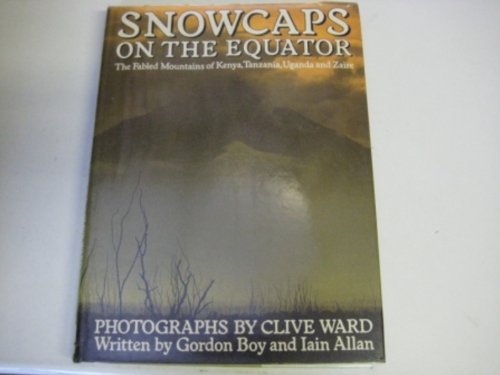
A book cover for Snowcaps on the Equator: The Fabled Mountains of Kenya, Tanzania, Uganda and Zaire; Clive Ward; Travel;